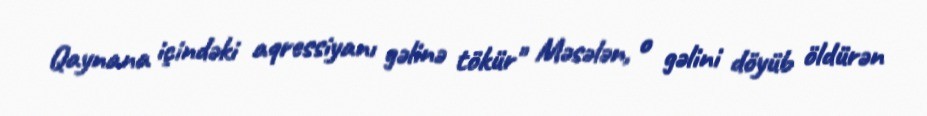
Qaynana içindəki aqressiyanı gəlinə tökür" Məsələn, o gəlini döyüb öldürən